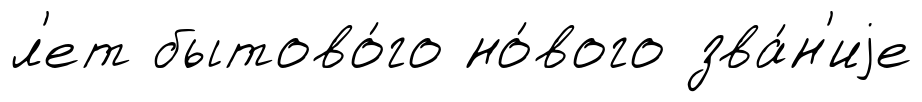
л'ет бытово́го но́вого зва́н'иjе